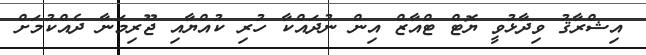
އިޝްރާޤު ވިދާޅުވީ ޔޮޓް ޓްއާޒް އިން ނުދައްކާ ހުރި ކުއްޔާއި ޖޫރިމަނާ ދެއްކުމަށް